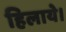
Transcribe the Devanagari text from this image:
हिलाये।